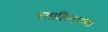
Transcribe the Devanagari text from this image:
स्तालिनाच्या